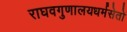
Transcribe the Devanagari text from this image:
राघवगुणालयधर्मसेतो